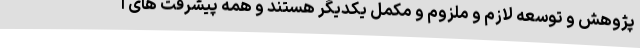
پژوهش و توسعه لازم و ملزوم و مکمل یکدیگر هستند و همه پیشرفت های ا